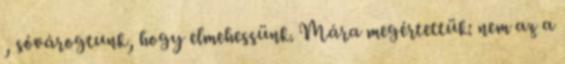
, sóvárogtunk, hogy elmehessünk. Mára megértettük: nem az a